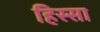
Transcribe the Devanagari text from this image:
हिस्सा